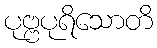
ပုဗ္ဗပုရိသောတိ